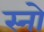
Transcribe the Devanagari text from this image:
स्‍नो